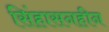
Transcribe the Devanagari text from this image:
सिंहासनहीन